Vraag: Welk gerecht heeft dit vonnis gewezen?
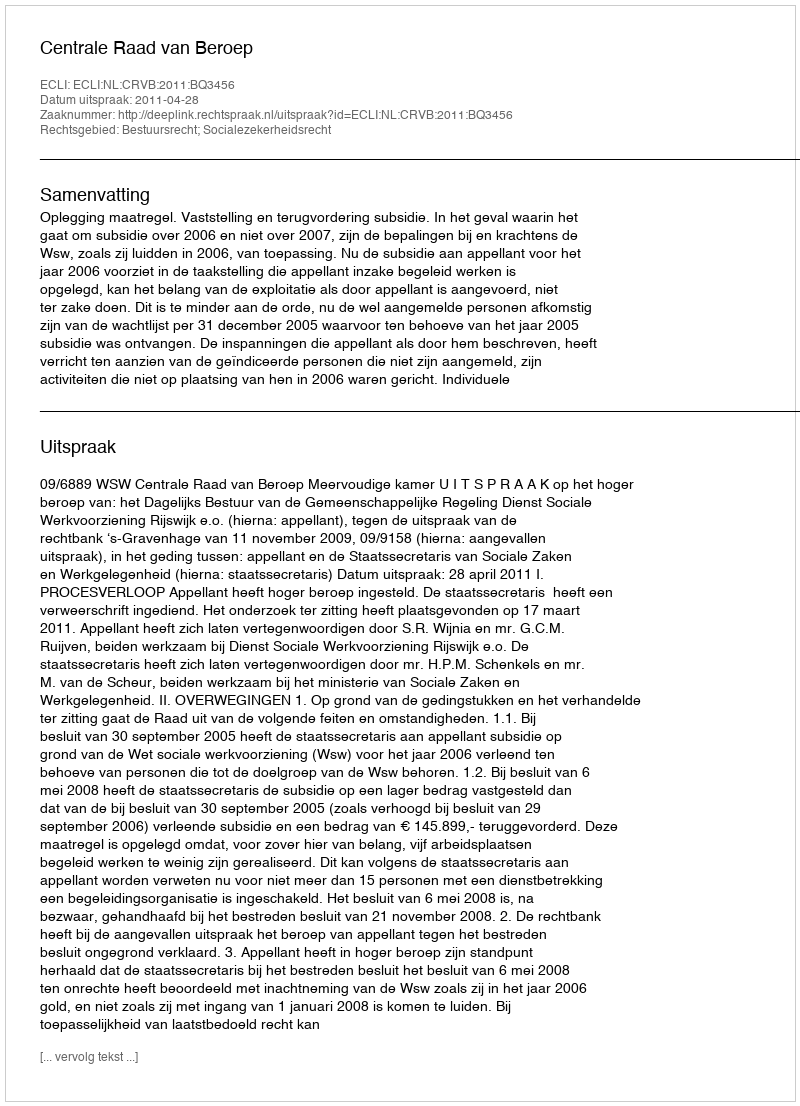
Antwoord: Centrale Raad van Beroep